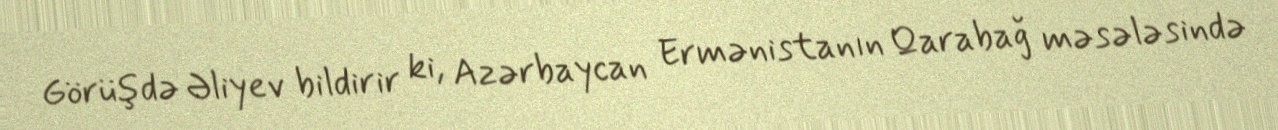
Görüşdə Əliyev bildirir ki, Azərbaycan Ermənistanın Qarabağ məsələsində